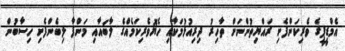
އެމްޑީޕީގެ ވެރިކަންފެށި ރައްޔިތުންނަށް ތާހިރު ދިރިއުޅުމަކާއި ހެޔޮވެރިކަމެއްގެ ލާބައާއި މަންފާ ލިބެންފެށި ހިސާބުން